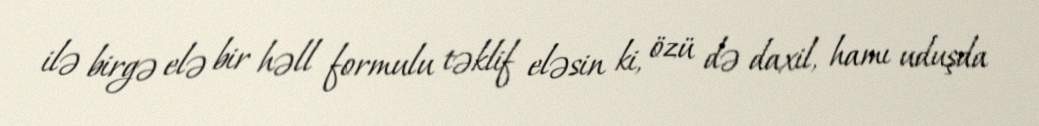
ilə birgə elə bir həll formulu təklif eləsin ki, özü də daxil, hamı uduşda